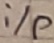
Text: i/p